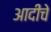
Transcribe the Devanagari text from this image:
आदींंचे